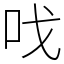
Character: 𠯫